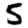
Digit: 5